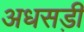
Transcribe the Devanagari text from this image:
अधसड़ी